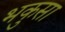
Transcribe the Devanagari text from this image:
भकुसा